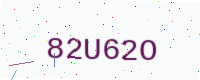
Text: 82U62O